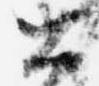
公